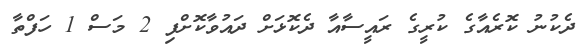
ދެކުނު ކޮރެއާގެ ކުރީގެ ރައީސާއާ ދެކޮޅަށް ދައުވާކޮށްފި 2 މަސް 1 ހަފްތާ